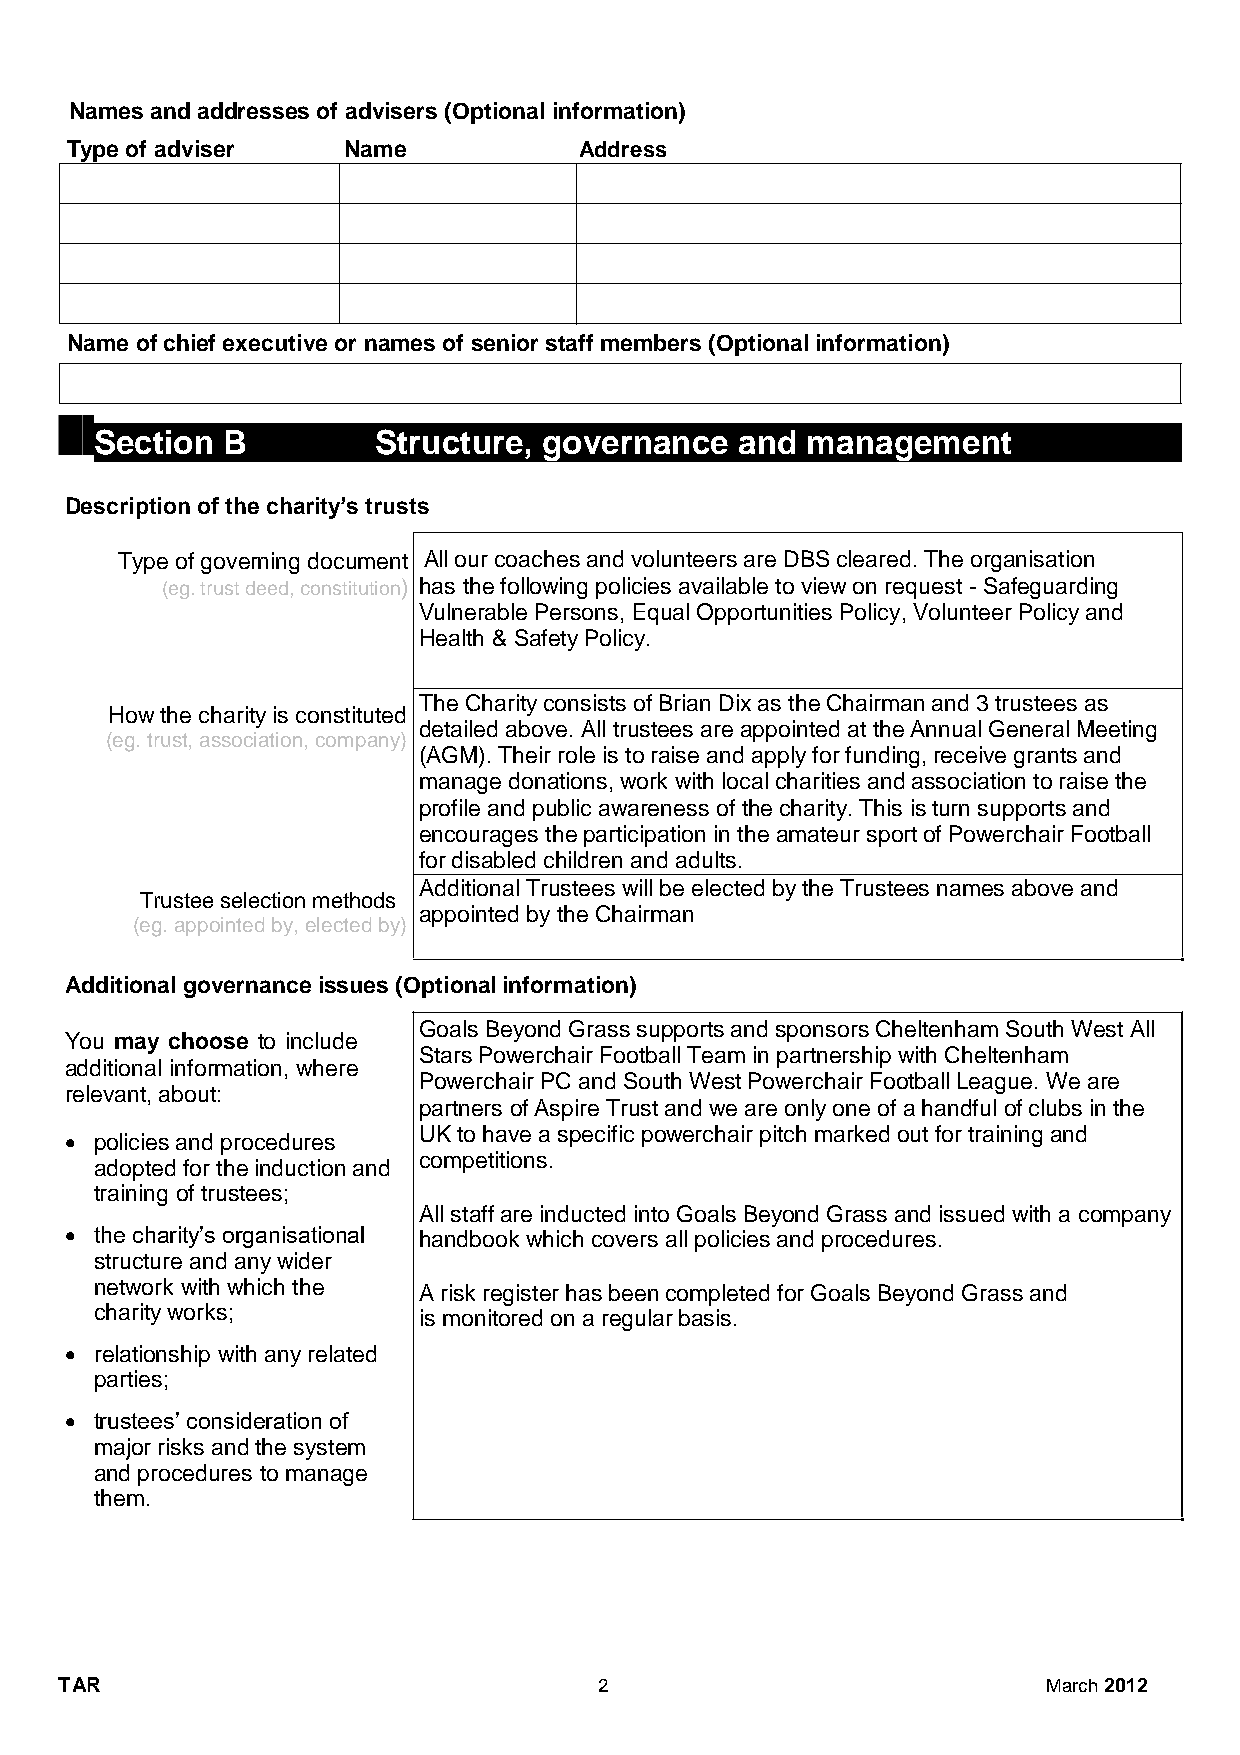
Names and addresses of advisers (Optional information)
 Type of adviser    Name           Address
 Name of chief executive or names of senior staff members (Optional information)
 Section  B         Structure, governance   and management
 Description of the charity’s trusts
 Type of governing document All our coaches and volunteers are DBS cleared. The organisation
 (eg. trust deed, constitution) has the following policies available to view on request - Safeguarding
 Vulnerable Persons, Equal Opportunities Policy, Volunteer Policy and
 Health & Safety Policy.
 The Charity consists of Brian Dix as the Chairman and 3 trustees as
 How the charity is constituted
 detailed above. All trustees are appointed at the Annual General Meeting
 (eg. trust, association, company)
 (AGM). Their role is to raise and apply for funding, receive grants and
 manage donations, work with local charities and association to raise the
 profile and public awareness of the charity. This is turn supports and
 encourages the participation in the amateur sport of Powerchair Football
 for disabled children and adults.
 Additional Trustees will be elected by the Trustees names above and
 Trustee selection methods
 appointed by the Chairman
 (eg. appointed by, elected by)
 Additional governance issues (Optional information)
 Goals Beyond Grass supports and sponsors Cheltenham South West All
 You may choose to include
 Stars Powerchair Football Team in partnership with Cheltenham
 additional information, where
 Powerchair PC and South West Powerchair Football League. We are
 relevant, about:
 partners of Aspire Trust and we are only one of a handful of clubs in the
 UK to have a specific powerchair pitch marked out for training and
  policies and procedures
 competitions.
 adopted for the induction and
 training of trustees;
                        All staff are inducted into Goals Beyond Grass and issued with a company
  the charity’s organisational handbook which covers all policies and procedures.
 structure and any wider
 network with which the A risk register has been completed for Goals Beyond Grass and
 charity works;       is monitored on a regular basis.
 
  relationship with any related
 parties;
 
  trustees’ consideration of
 major risks and the system
 and procedures to manage
 them.
 TAR                                 2                            March 2012